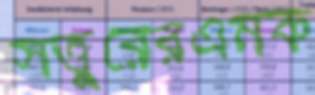
সত্তুরেরএমক